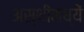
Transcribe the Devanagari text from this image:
अस्थींमध्यें